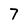
Character: 7